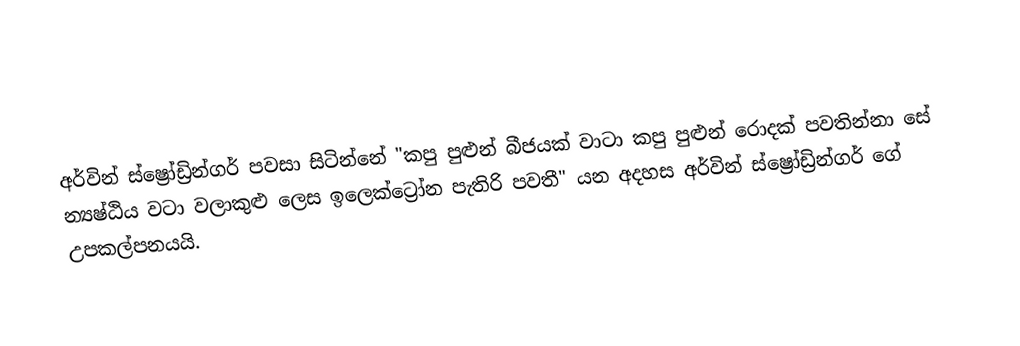
අර්වින් ස්ෂ්‍රෝඩ්‍රින්ගර් පවසා සිටින්නේ "කපු පුළුන් බීජයක් වාටා කපු පුළුන් රොදක් පවතින්නා සේ න්‍යෂ්ඨිය වටා වලාකුළු ලෙස ඉලෙක්ට්‍රෝන පැතිරි පවතී" යන අදහස අර්වින් ස්ෂ්‍රෝඩ්‍රින්ගර් ගේ උපකල්පනයයි.